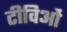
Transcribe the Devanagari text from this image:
टीविओं